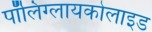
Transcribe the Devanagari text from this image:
पॉलिग्लायकोलाइड